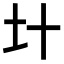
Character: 𡈿